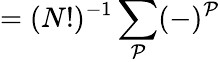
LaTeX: =(N!)^{-1}\sum_{\cal P}(-)^{\cal P}